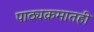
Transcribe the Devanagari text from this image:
पाठ्यक्रमातही